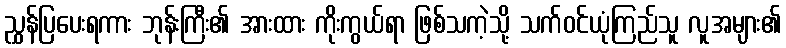
ညွှန်ပြပေးရကား ဘုန်းကြီး၏ အားထား ကိုးကွယ်ရာ ဖြစ်သကဲ့သို့ သက်ဝင်ယုံကြည်သူ လူအများ၏